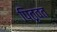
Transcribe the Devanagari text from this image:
पितृवत